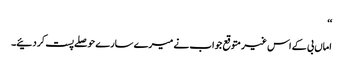
‘‘
اماں بی کے اس غیر متوقع جواب نے میرے سارے حوصلے پست کر دئیے۔